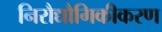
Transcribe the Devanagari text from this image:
निरौद्यौगिकीकरण